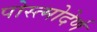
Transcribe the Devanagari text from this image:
पोस्त्मोदेर्ण